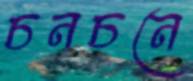
চনচনে